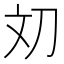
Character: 𰄢